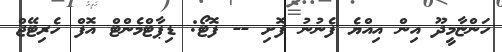
ހަންޏާމީދޫ އިން އިއްޔެ ފެނުނު ފޮށި -- ފޮޓޯ: ޑިޕާޓްމެންޓް އޮފް ހެރިޓޭޖް